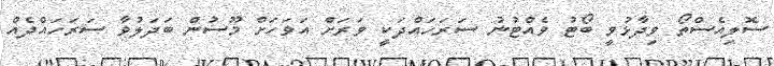
ސޮލިއެސްތޯ ވިދާޅުވީ ބޯޓު ވެއްޓުނު ސަރަހައްދަކީ ވަރަށް އަވަހަށް މޫސުން ބަދަލުވާ ސަރަހައްދެއް